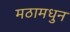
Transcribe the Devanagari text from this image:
मठामधुन